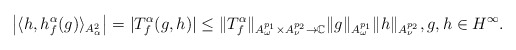
\begin{align*}\left|\langle h,h_{f}^{\alpha}(g)\rangle_{A_{\alpha}^{2}}\right|=|T_{f}^{\alpha}(g,h)|\le\|T_{f}^{\alpha}\|_{A_{\omega}^{p_{1}}\times A_{\nu}^{p_{2}}\to \mathbb{C}}\|g\|_{A_{\omega}^{p_{1}}}\|h\|_{A_{\nu}^{p_{2}}},g,h\in H^{\infty}.\end{align*}